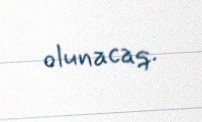
olunacaq.